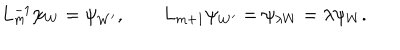
L _ { m } ^ { - 1 } \psi _ { W } = \psi _ { W ^ { \prime } } , \qquad L _ { m + 1 } \psi _ { W ^ { \prime } } = \psi _ { \lambda W } = \lambda \psi _ { W } .